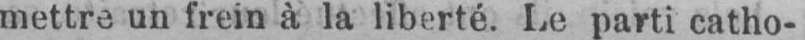
mettre un frein à la liberté. Le parti catho-